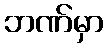
ဘဏ်မှာ